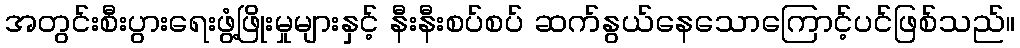
အတွင်းစီးပွားရေးဖွံ့ဖြိုးမှုများနှင့် နီးနီးစပ်စပ် ဆက်နွယ်နေသောကြောင့်ပင်ဖြစ်သည်။